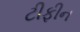
ટીફીન